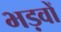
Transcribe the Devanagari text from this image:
भड़वों